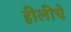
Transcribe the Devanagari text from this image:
हीलीचे